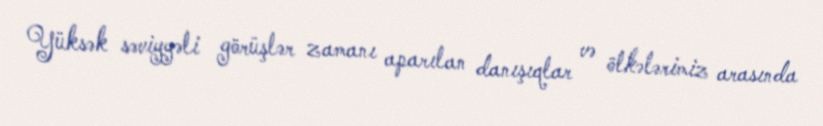
Yüksək səviyyəli görüşlər zamanı aparılan danışıqlar və ölkələrimiz arasında